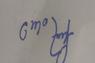
Signature authenticity: forged